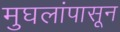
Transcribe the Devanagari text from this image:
मुघलांपासून